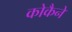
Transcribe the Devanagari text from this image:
कोकैने